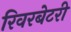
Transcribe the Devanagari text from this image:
रिवरबेटरी